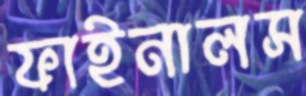
ফাইনালস